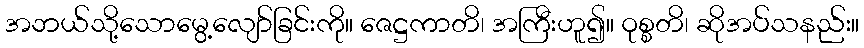
အဘယ်သို့သောမွေ့လျော်ခြင်းကို။ ဇေဋ္ဌကာတိ၊ အကြီးဟူ၍။ ဝုစ္စတိ၊ ဆိုအပ်သနည်း။